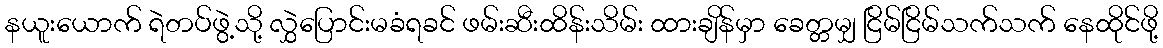
နယူးယောက် ရဲတပ်ဖွဲ့သို့ လွှဲပြောင်းမခံရခင် ဖမ်းဆီးထိန်းသိမ်း ထားချိန်မှာ ခေတ္တမျှ ငြိမ်ငြိမ်သက်သက် နေထိုင်ဖို့